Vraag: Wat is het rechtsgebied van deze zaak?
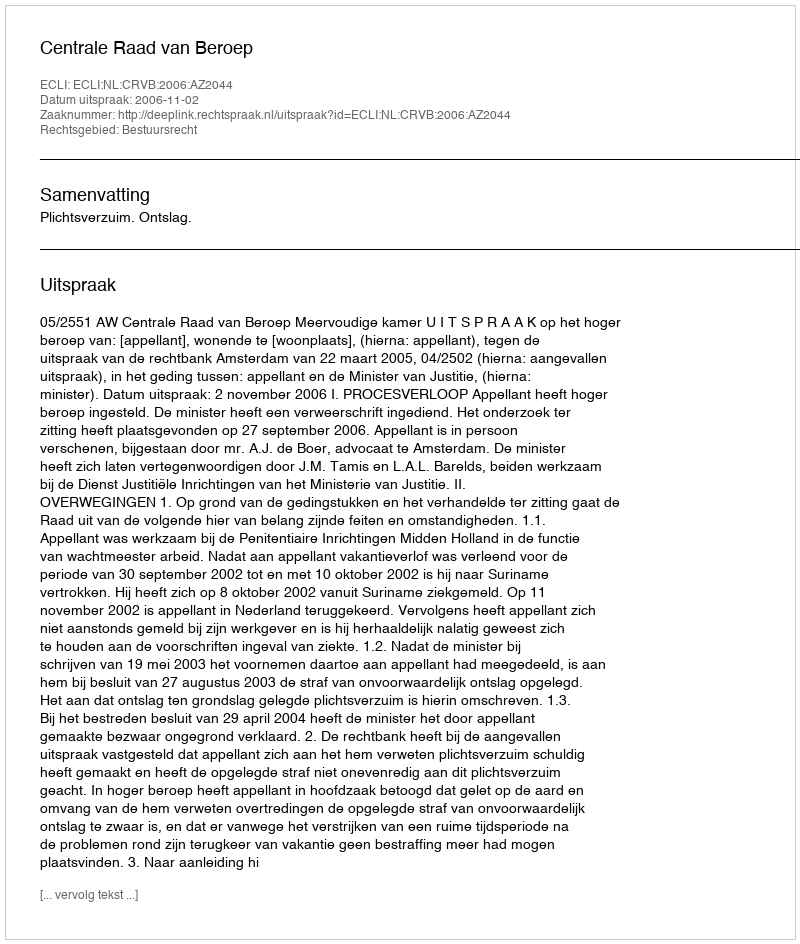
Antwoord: Bestuursrecht